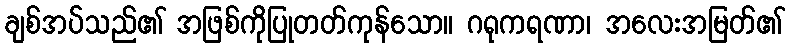
ချစ်အပ်သည်၏ အဖြစ်ကိုပြုတတ်ကုန်သော။ ဂရုကရဏာ၊ အလေးအမြတ်၏